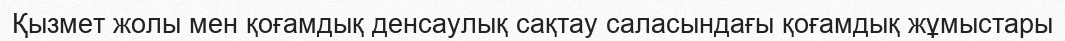
Қызмет жолы мен қоғамдық денсаулық сақтау саласындағы қоғамдық жұмыстары